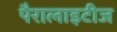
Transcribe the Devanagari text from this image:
पैरालाइटीज